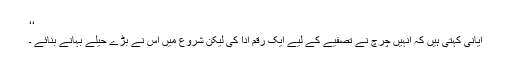
‘‘
ایانی کہتی ہیں کہ انہیں چرچ نے تصفیے کے لیے ایک رقم ادا کی لیکن شروع میں اس نے بڑے حیلے بہانے بنائے ۔